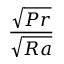
\frac { \sqrt { P r } } { \sqrt { R a } }